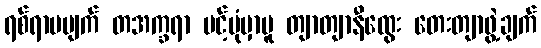
ရစ်ရာမပျက် တအက္ခရာ ပင့်ပုံမှာမူ တျာတျာနီထွေး တေးတျာဖွဲ့ချက်